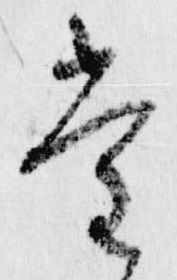
堂